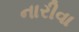
નારીવા